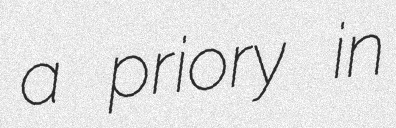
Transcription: a priory in